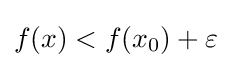
f(x)<f(x_{0})+\varepsilon